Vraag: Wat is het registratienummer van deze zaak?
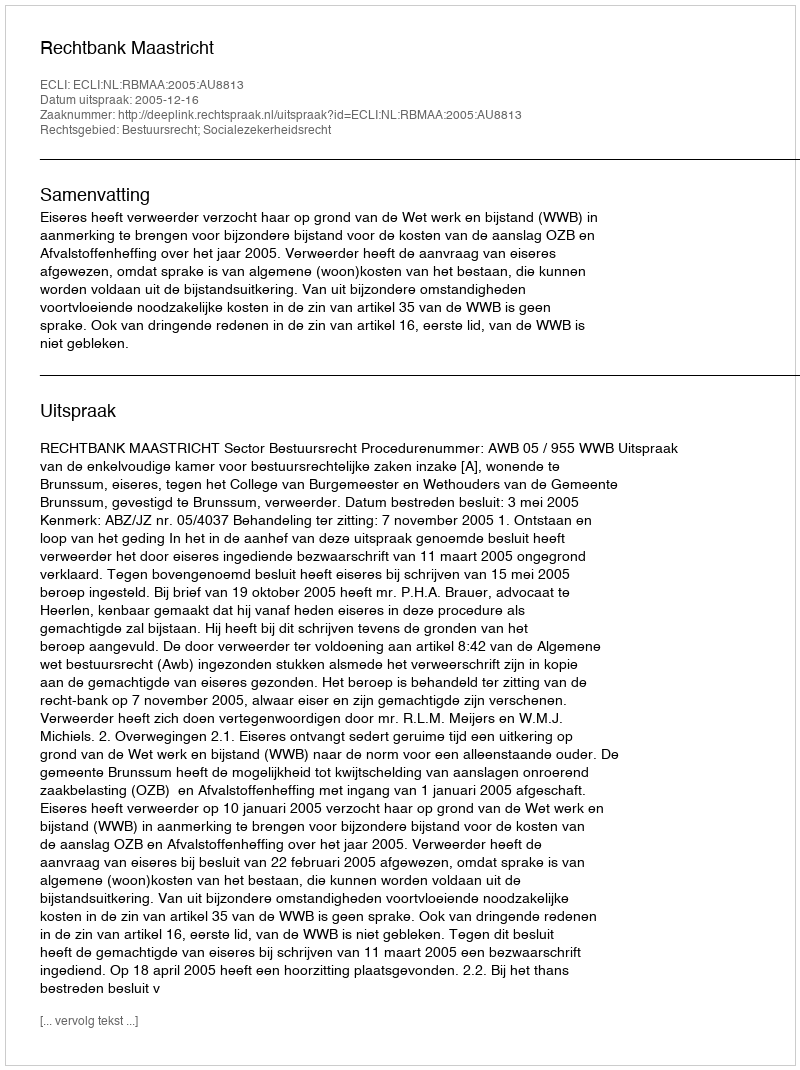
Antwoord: http://deeplink.rechtspraak.nl/uitspraak?id=ECLI:NL:RBMAA:2005:AU8813